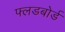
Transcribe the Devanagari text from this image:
फ्लडबोर्ड